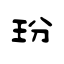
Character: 玢